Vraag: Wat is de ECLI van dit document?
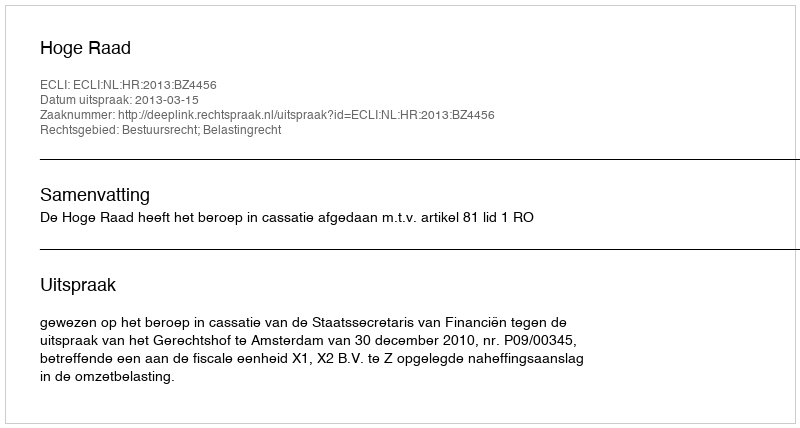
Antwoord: ECLI:NL:HR:2013:BZ4456